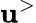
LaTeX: \mathbf{u}^{>}